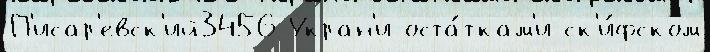
П'исар'евск'ий3456 Укран'и оста́ткам'и ск'и́фском